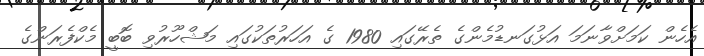
އެހެން ކަމަށްވާނަމަ އަޅުގަނޑުމެންގެ ތެރޭގައި 1980 ގެ އަހަރުތަކުގައި މަޝްހޫރުވި ބޮބީ މެކްފެރަންގެ